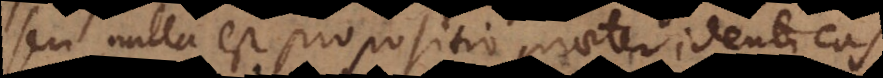
seu nulla est propositio praeter identicas,